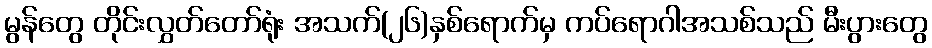
မွန်တွေ တိုင်းလွှတ်တော်ရုံး အသက်(၂၆)နှစ်ရောက်မှ ကပ်ရောဂါအသစ်သည် မီးပွားတွေ